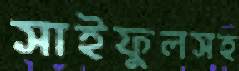
সাইফুলসহ